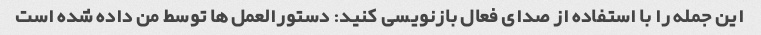
این جمله را با استفاده از صدای فعال بازنویسی کنید: دستورالعمل ها توسط من داده شده است